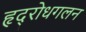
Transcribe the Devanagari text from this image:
हृद्‌रोधगलन